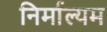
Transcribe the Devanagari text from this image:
निर्माल्यम